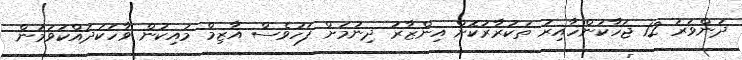
ދަންވަރު 12 ޖަހާކަންހާއިރު ތަކުރާރުކޮށް އިންޒާރު ދިނުމަށް ފަހުވެސް އާޒިމް މައިކުން ވާހަކަދައްކަވަމުން